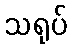
သရုပ်